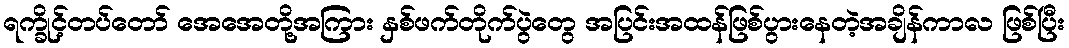
ရက္ခိုင့်တပ်တော် အေအေတို့အကြား နှစ်ဖက်တိုက်ပွဲတွေ အပြင်းအထန်ဖြစ်ပွားနေတဲ့အချိန်ကာလ ဖြစ်ပြီး